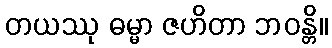
တယဿု ဓမ္မာ ဇဟိတာ ဘဝန္တိ။